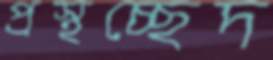
প্রস্থচ্ছেদ